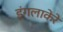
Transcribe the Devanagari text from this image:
इंगलाकेरे